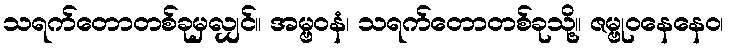
သရက်တောတစ်ခုမှလျှင်။ အမ္ဗဝနံ၊ သရက်တောတစ်ခုသို့။ ဇမ္ဗုဝနေနေဝ၊